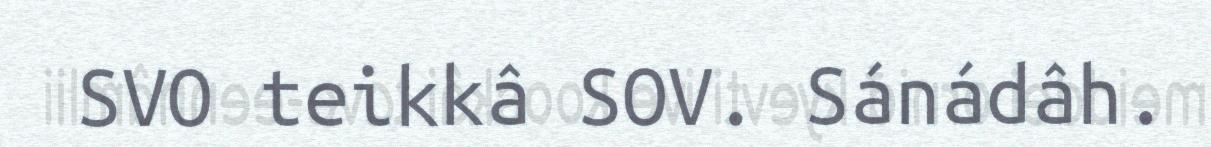
SVO teikkâ SOV. Sánádâh.